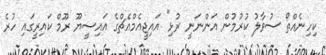
ކިހިނެއްތޯ ސުވާލު ކުރުމުން އަންނަނީ ރުޅި" އައިޖީއެމްއެޗްގެ އައިސީޔޫ ރޫމް ކައިރީގައި ހުރެ